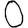
Digit: 0